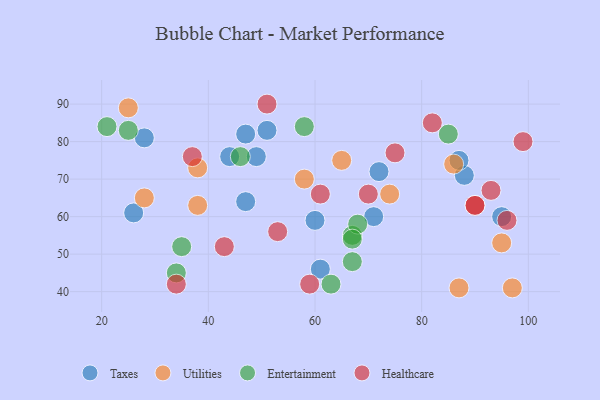
{"axis": {"x": "GDP", "y": "Life Expectancy"}, "legend": ["Entertainment", "Healthcare", "Taxes", "Utilities"], "data": [{"x": "60", "y": 59, "type": "Taxes"}, {"x": "95", "y": 60, "type": "Taxes"}, {"x": "51", "y": 83, "type": "Taxes"}, {"x": "88", "y": 71, "type": "Taxes"}, {"x": "71", "y": 60, "type": "Taxes"}, {"x": "47", "y": 82, "type": "Taxes"}, {"x": "28", "y": 81, "type": "Taxes"}, {"x": "44", "y": 76, "type": "Taxes"}, {"x": "49", "y": 76, "type": "Taxes"}, {"x": "47", "y": 64, "type": "Taxes"}, {"x": "26", "y": 61, "type": "Taxes"}, {"x": "87", "y": 75, "type": "Taxes"}, {"x": "61", "y": 46, "type": "Taxes"}, {"x": "72", "y": 72, "type": "Taxes"}, {"x": "38", "y": 73, "type": "Utilities"}, {"x": "65", "y": 75, "type": "Utilities"}, {"x": "86", "y": 74, "type": "Utilities"}, {"x": "87", "y": 41, "type": "Utilities"}, {"x": "25", "y": 89, "type": "Utilities"}, {"x": "28", "y": 65, "type": "Utilities"}, {"x": "38", "y": 63, "type": "Utilities"}, {"x": "74", "y": 66, "type": "Utilities"}, {"x": "97", "y": 41, "type": "Utilities"}, {"x": "58", "y": 70, "type": "Utilities"}, {"x": "95", "y": 53, "type": "Utilities"}, {"x": "63", "y": 42, "type": "Entertainment"}, {"x": "25", "y": 83, "type": "Entertainment"}, {"x": "85", "y": 82, "type": "Entertainment"}, {"x": "67", "y": 55, "type": "Entertainment"}, {"x": "67", "y": 48, "type": "Entertainment"}, {"x": "68", "y": 58, "type": "Entertainment"}, {"x": "46", "y": 76, "type": "Entertainment"}, {"x": "34", "y": 45, "type": "Entertainment"}, {"x": "35", "y": 52, "type": "Entertainment"}, {"x": "67", "y": 54, "type": "Entertainment"}, {"x": "21", "y": 84, "type": "Entertainment"}, {"x": "58", "y": 84, "type": "Entertainment"}, {"x": "93", "y": 67, "type": "Healthcare"}, {"x": "51", "y": 90, "type": "Healthcare"}, {"x": "70", "y": 66, "type": "Healthcare"}, {"x": "61", "y": 66, "type": "Healthcare"}, {"x": "82", "y": 85, "type": "Healthcare"}, {"x": "90", "y": 63, "type": "Healthcare"}, {"x": "37", "y": 76, "type": "Healthcare"}, {"x": "43", "y": 52, "type": "Healthcare"}, {"x": "34", "y": 42, "type": "Healthcare"}, {"x": "99", "y": 80, "type": "Healthcare"}, {"x": "90", "y": 63, "type": "Healthcare"}, {"x": "96", "y": 59, "type": "Healthcare"}, {"x": "59", "y": 42, "type": "Healthcare"}, {"x": "53", "y": 56, "type": "Healthcare"}, {"x": "75", "y": 77, "type": "Healthcare"}]}